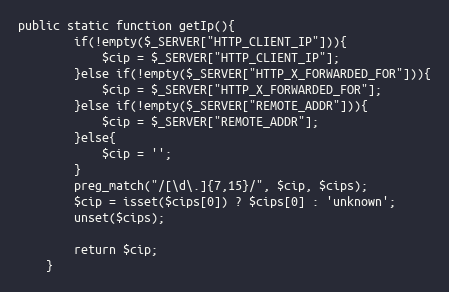
Language: PHP
public static function getIp(){
        if(!empty($_SERVER["HTTP_CLIENT_IP"])){
            $cip = $_SERVER["HTTP_CLIENT_IP"];
        }else if(!empty($_SERVER["HTTP_X_FORWARDED_FOR"])){
            $cip = $_SERVER["HTTP_X_FORWARDED_FOR"];
        }else if(!empty($_SERVER["REMOTE_ADDR"])){
            $cip = $_SERVER["REMOTE_ADDR"];
        }else{
            $cip = '';
        }
        preg_match("/[\d\.]{7,15}/", $cip, $cips);
        $cip = isset($cips[0]) ? $cips[0] : 'unknown';
        unset($cips);

        return $cip;
    }